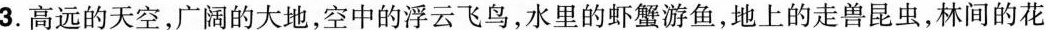
3.高远的天空，广阔的大地，空中的浮云飞鸟，水里的虾蟹游鱼，地上的走兽昆虫，林间的花